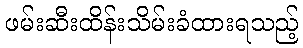
ဖမ်းဆီးထိန်းသိမ်းခံထားရသည့်